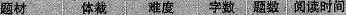
题材 体裁 难度 字数 题数 阅读时间